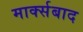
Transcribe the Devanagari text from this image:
मार्क्सबाद